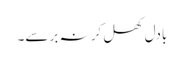
بادل کھل کر نہ برسے۔